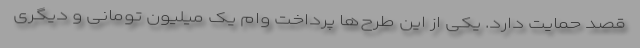
قصد حمایت دارد. یکی از این طرح‌ها پرداخت وام یک میلیون تومانی و دیگری